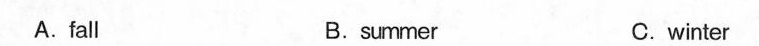
A.fall B.summer C.winter